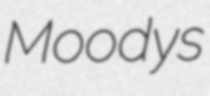
Moodys